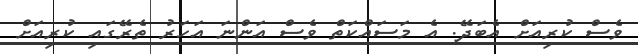
ވެސް ކުރިއަށް އެބަދޭ. އެ މަސައްކަތް ވެސް އަންނަ އަހަރު ތެރޭގައި ކުރިއަށް